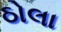
ઠોલા